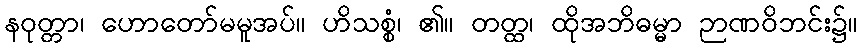
နဝုတ္တာ၊ ဟောတော်မမူအပ်။ ဟိသစ္စံ၊ ၏။ တတ္ထ၊ ထိုအဘိဓမ္မာ ဉာဏဝိဘင်း၌။